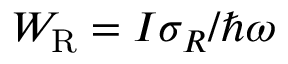
W _ { \mathrm { R } } = I \sigma _ { R } / \hbar \omega